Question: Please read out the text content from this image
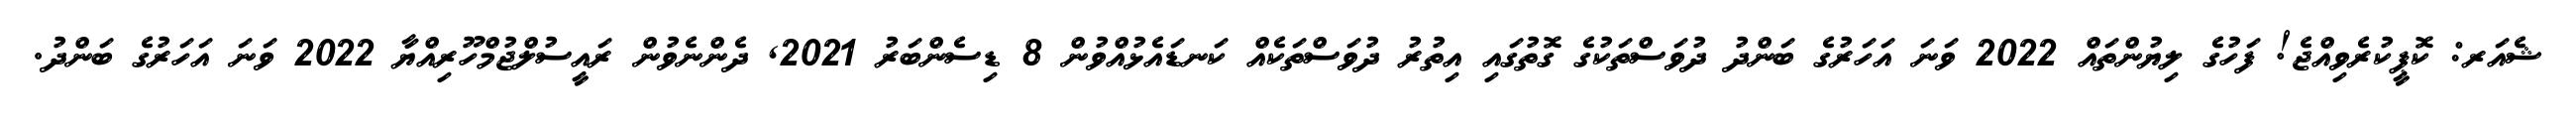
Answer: ޝެއަރ: ކޮޕީކުރެވިއްޖެ! ފަހުގެ ލިޔުންތައް 2022 ވަނަ އަހަރުގެ ބަންދު ދުވަސްތަކުގެ ގޮތުގައި އިތުރު ދުވަސްތަކެއް ކަނޑައެޅުއްވުން 8 ޑިސެންބަރު 2021, ދެންނެވުން ރައީސުލްޖުމްހޫރިއްޔާ 2022 ވަނަ އަހަރުގެ ބަންދު.